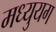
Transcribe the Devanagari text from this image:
मध्युयग